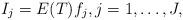
LaTeX: \begin{align*}I_j = E(T) f_j, j=1, \ldots, J,\end{align*}